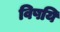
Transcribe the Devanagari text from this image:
विषयि